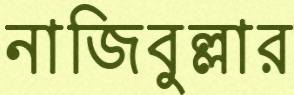
নাজিবুল্লার